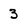
Character: 3